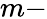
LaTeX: m-